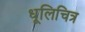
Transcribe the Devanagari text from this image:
धूलिचित्र